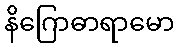
နိဂြောဓာရာမော